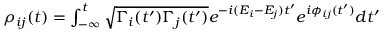
\begin{array} { r } { \rho _ { i j } ( t ) = \int _ { - \infty } ^ { t } \sqrt { \Gamma _ { i } ( t ^ { \prime } ) \Gamma _ { j } ( t ^ { \prime } ) } e ^ { - i ( E _ { i } - E _ { j } ) t ^ { \prime } } e ^ { i \phi _ { i j } ( t ^ { \prime } ) } d t ^ { \prime } } \end{array}